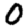
Digit: 0